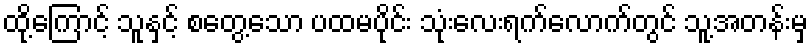
ထို့ကြောင့် သူနှင့် စတွေ့သော ပထမပိုင်း သုံးလေးရက်လောက်တွင် သူ့အတန်းမှ